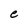
Character: e